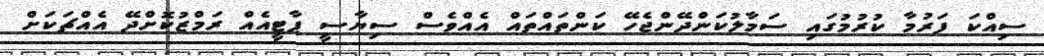
ސިއްކަ ފަރުމާ ކުރުމުގައި ސަމާލުކަންދޭންޖެހޭ ކަންތައްތައް އެއްވެސް ސިޔާސީ ޕާޓީއެއް ރަމްޒުކޮށްދޭ އެއްޗަކަށް